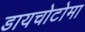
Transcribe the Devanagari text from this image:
डायचोटोमा